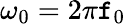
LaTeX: \omega_{0}=2\pi\mathtt{f}_{0}